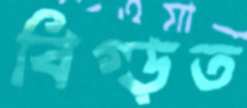
বিগ্‌ড়ত